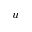
u